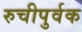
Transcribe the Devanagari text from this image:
रुचीपुर्वक